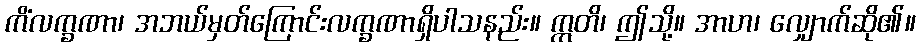
ကိံလက္ခဏာ၊ အဘယ်မှတ်ကြောင်းလက္ခဏာရှိပါသနည်း။ ဣတိ၊ ဤသို့။ အာဟ၊ လျှောက်ဆို၏။